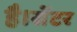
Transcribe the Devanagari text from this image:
है।सेंटर